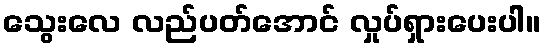
သွေးလေ လည်ပတ်အောင် လှုပ်ရှားပေးပါ။